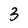
Character: 3